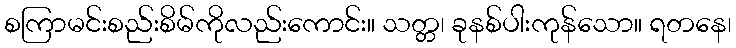
စကြာမင်းစည်းစိမ်ကိုလည်းကောင်း။ သတ္တ၊ ခုနစ်ပါးကုန်သော။ ရတနေ၊